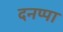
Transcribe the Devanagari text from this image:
दनप्पा